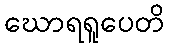
ဃောရရူပေတိ